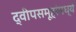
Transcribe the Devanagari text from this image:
द्वीपसमूहांमध्ये